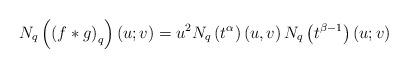
LaTeX: \begin{align*}N_{q}\left( \left( f\ast g\right) _{q}\right) \left( u;v\right)=u^{2}N_{q}\left( t^{\alpha }\right) \left( u,v\right) N_{q}\left( t^{\beta-1}\right) \left( u;v\right) \end{align*}